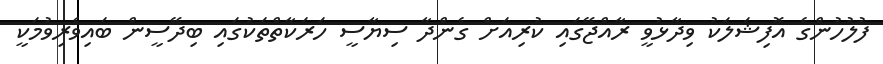
ފުލުހުންގެ އޮފިޝަލަކު ވިދާޅުވީ ރާއްޖޭގައި ކުރިއަށް ގެންދާ ސިޔާސީ ހަރަކާތްތަކުގައި ބިދޭސީން ބައިވެރިވުމަކީ